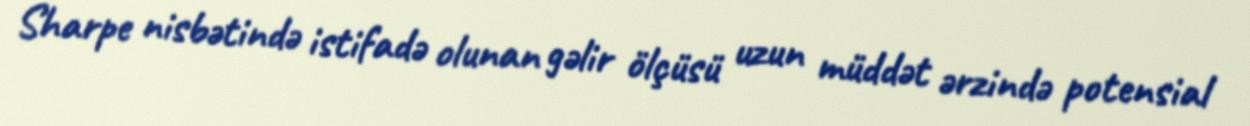
Sharpe nisbətində istifadə olunan gəlir ölçüsü uzun müddət ərzində potensial